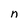
Character: n